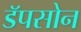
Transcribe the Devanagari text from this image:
डॅपसोन